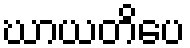
ဃာယတိပေ